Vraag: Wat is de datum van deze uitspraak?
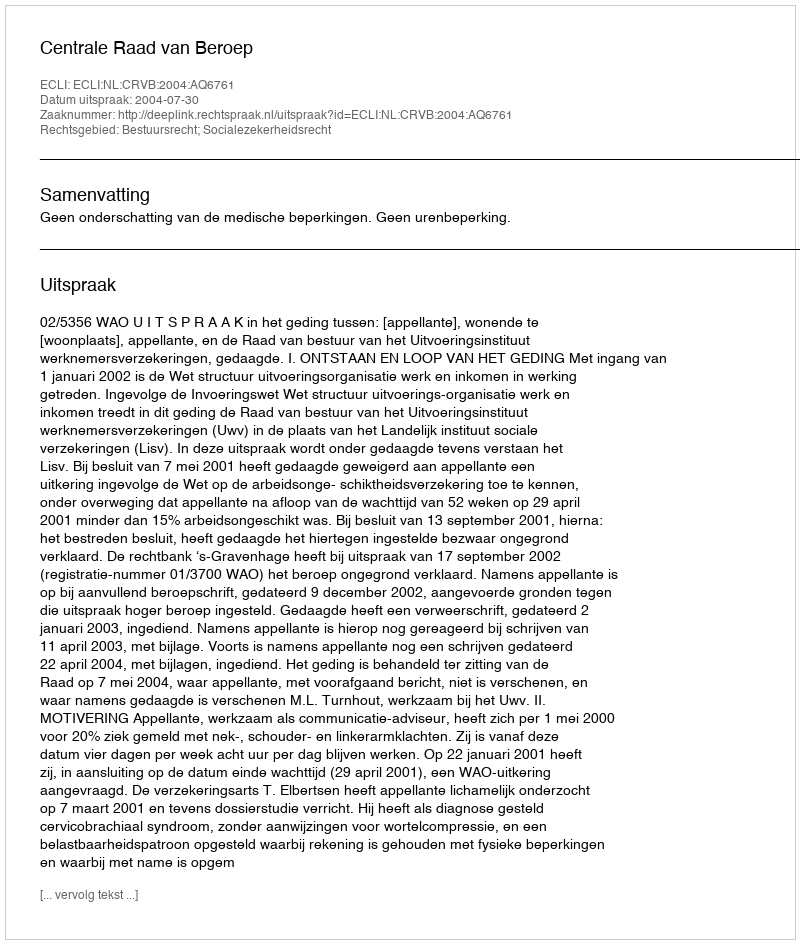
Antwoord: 2004-07-30